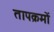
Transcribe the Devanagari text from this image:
तापक्रमों